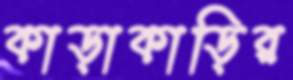
কাড়াকাড়ির